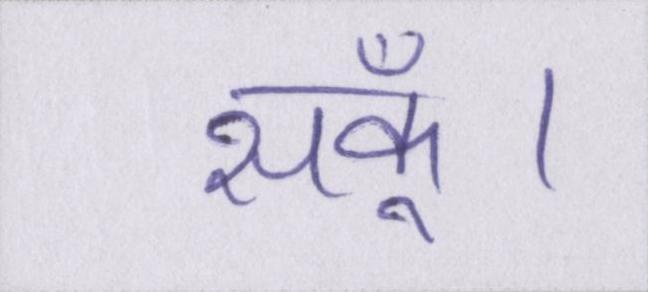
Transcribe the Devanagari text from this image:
सकूँ।